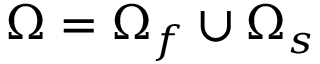
\Omega = \Omega _ { f } \cup \Omega _ { s }